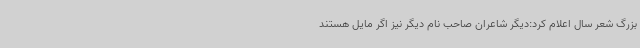
بزرگ شعر سال اعلام کرد:دیگر شاعران صاحب نام دیگر نیز اگر مایل هستند